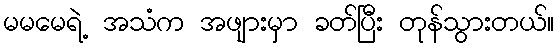
မမမေရဲ့ အသံက အဖျားမှာ ခတ်ပြီး တုန်သွားတယ်။